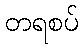
တရစပ်